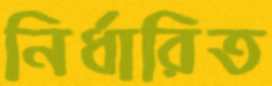
নির্ধারিত